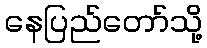
နေပြည်တော်သို့